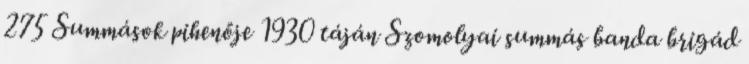
275 Summások pihenője 1930 táján Szomolyai summás banda brigád